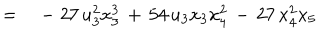
\qquad \qquad = \quad - \; 2 7 \, u _ { 3 } ^ { 2 } x _ { 3 } ^ { 3 } \, + \, 5 4 \, u _ { 3 } x _ { 3 } x _ { 4 } ^ { 2 } \, - \, 2 7 \, x _ { 4 } ^ { 2 } x _ { 5 }